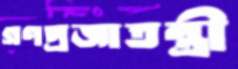
গণপ্রজাতন্ত্রী